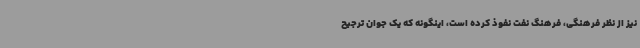
نیز از نظر فرهنگی، فرهنگ نفت نفوذ کرده است، اینگونه که یک جوان ترجیح